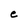
Character: e